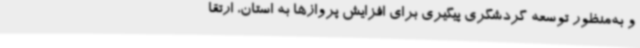
و به‌منظور توسعه گردشگری پیگیری برای افزایش پروازها به استان، ارتقا